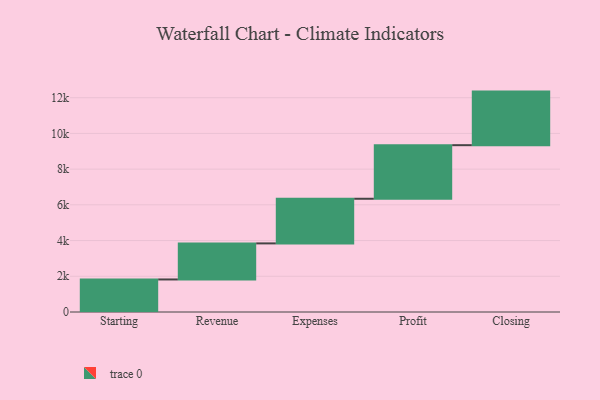
{"axis": {"x": "Step", "y": "Value"}, "legend": [""], "data": [{"x": "Starting", "y": 1822.0, "type": ""}, {"x": "Revenue", "y": 2019.0, "type": ""}, {"x": "Expenses", "y": 2500.0, "type": ""}, {"x": "Profit", "y": 3000, "type": ""}, {"x": "Closing", "y": 3000, "type": ""}]}